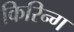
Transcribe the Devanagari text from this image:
किरिन्ग